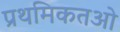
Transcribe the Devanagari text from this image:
प्रथमिकतओ